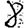
Digit: 8